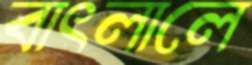
বাৎলালে